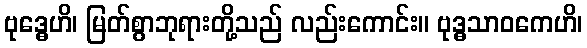
ဗုဒ္ဓေဟိ၊ မြတ်စွာဘုရားတို့သည် လည်းကောင်း။ ဗုဒ္ဓသာဝကေဟိ၊